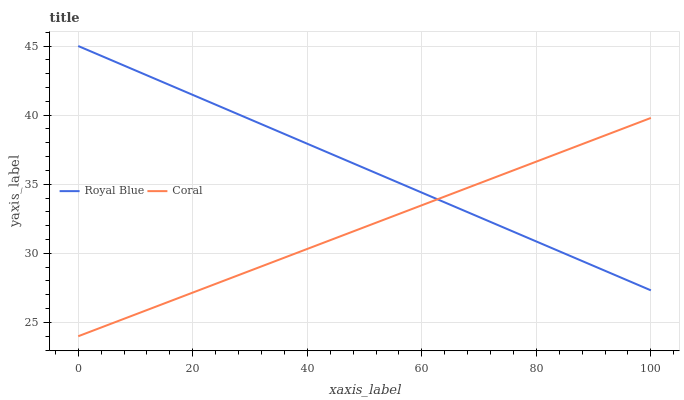
| xaxis_label | Royal Blue | Coral |
 | --- | --- | --- |
 | 0 | 45 | 24 |
 | 5.26 | 44.1 | 24.8 |
 | 10.5 | 43.1 | 25.7 |
 | 15.8 | 42.2 | 26.5 |
 | 21.1 | 41.3 | 27.3 |
 | 26.3 | 40.3 | 28.2 |
 | 31.6 | 39.4 | 29 |
 | 36.8 | 38.5 | 29.8 |
 | 42.1 | 37.6 | 30.7 |
 | 47.4 | 36.6 | 31.5 |
 | 52.6 | 35.7 | 32.3 |
 | 57.9 | 34.8 | 33.1 |
 | 63.2 | 33.8 | 34 |
 | 68.4 | 32.9 | 34.8 |
 | 73.7 | 32 | 35.6 |
 | 78.9 | 31 | 36.5 |
 | 84.2 | 30.1 | 37.3 |
 | 89.5 | 29.2 | 38.1 |
 | 94.7 | 28.3 | 39 |
 | 100 | 27.3 | 39.8 |